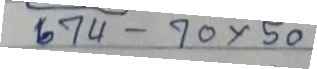
674 - 70 x 50